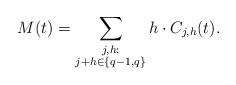
LaTeX: \begin{align*}M(t) =\sum_{\substack{j,h: \\ j+ h \in \{q-1,q\}}} h \cdot C_{j,h}(t).\end{align*}